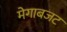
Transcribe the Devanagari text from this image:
मेगाबजट